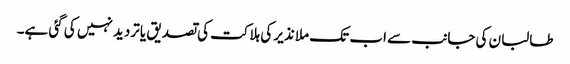
طالبان کی جانب سے اب تک ملا نذیر کی ہلاکت کی تصدیق یا تردید نہیں کی گئی ہے۔